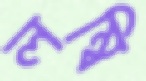
লম্বি